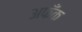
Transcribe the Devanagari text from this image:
अफँक